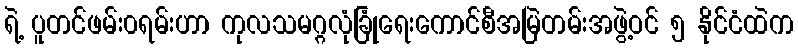
ရဲ့ ပူတင်ဖမ်း၀ရမ်းဟာ ကုလသမဂ္ဂလုံခြုံရေးကောင်စီအမြဲတမ်းအဖွဲ့ဝင် ၅ နိုင်ငံထဲက